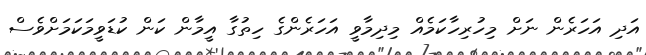
އަދި އަހަރެން ނަށް މިހުރިހާކަމެއް މިދިމާވީ އަހަރެންގެ ހިތުގާ އީމާން ކަން ކުޑަވީމަކަމަށްވެސް